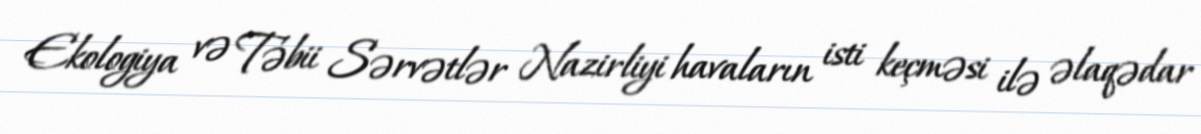
Ekologiya və Təbii Sərvətlər Nazirliyi havaların isti keçməsi ilə əlaqədar